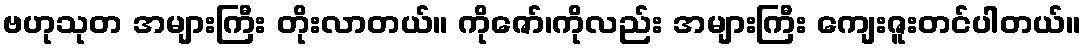
ဗဟုသုတ အများကြီး တိုးလာတယ်။ ကိုဇော်၊ကိုလည်း အများကြီး ကျေးဇူးတင်ပါတယ်။